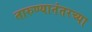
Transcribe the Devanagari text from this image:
तारुण्यानंतरच्या